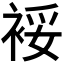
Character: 𰳿